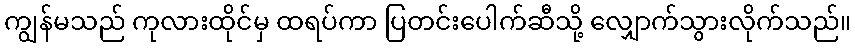
ကျွန်မသည် ကုလားထိုင်မှ ထရပ်ကာ ပြတင်းပေါက်ဆီသို့ လျှောက်သွားလိုက်သည်။